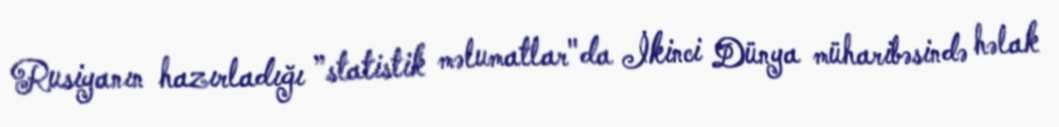
Rusiyanın hazırladığı ”statistik məlumatlar"da İkinci Dünya müharibəsində həlak